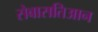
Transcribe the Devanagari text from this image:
सेबासतिआन